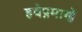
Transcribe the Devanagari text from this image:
हवेप्रमाणें